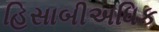
હિસાબીઅધિક